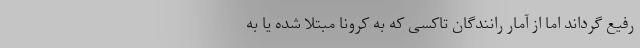
رفیع گرداند اما از آمار رانندگان تاکسی که به کرونا مبتلا شده یا به